Annual administration report of the Civil Veterinary Department of India - 1910-1911
Year: 1910
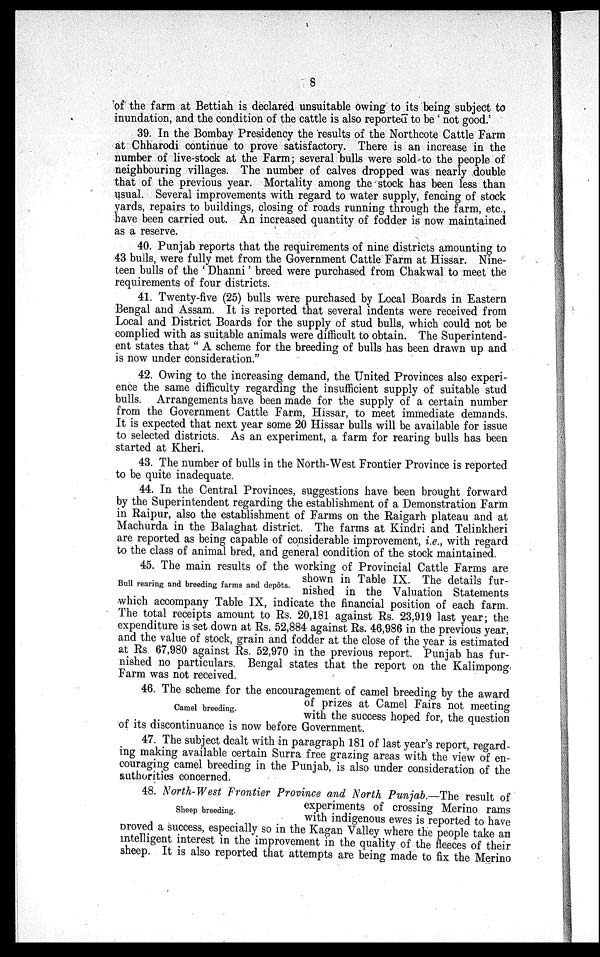
of the farm at Bettiah is declared unsuitable owing to its being subject to
inundation, and the condition of the cattle is also reported to be 'not good.'
39. In the Bombay Presidency the results of the Northcote Cattle Farm
at Chharodi continue to prove satisfactory. There is an increase in the
number of live-stock at the Farm; several bulls were sold to the people of
neighbouring villages. The number of calves dropped was nearly double
that of the previous year. Mortality among the stock has been less than
usual. Several improvements with regard to water supply, fencing of stock
yards, repairs to buildings, closing of roads running through the farm, etc.,
have been carried out. An increased quantity of fodder is now maintained
as a reserve.
40. Punjab reports that the requirements of nine districts amounting to
43 bulls, were fully met from the Government Cattle Farm at Hissar. Nine-
teen bulls of the 'Dhanni' breed were purchased from Chakwal to meet the
requirements of four districts.
41. Twenty-five (25) bulls were purchased by Local Boards in Eastern
Bengal and Assam. It is reported that several indents were received from
Local and District Boards for the supply of stud bulls, which could not be
complied with as suitable animals were difficult to obtain. The Superintend-
ent states that "A scheme for the breeding of bulls has been drawn up and
is now under consideration."
42. Owing to the increasing demand, the United Provinces also experi-
ence the same difficulty regarding the insufficient supply of suitable stud
bulls. Arrangements have been made for the supply of a certain number
from the Government Cattle Farm, Hissar, to meet immediate demands.
It is expected that next year some 20 Hissar bulls will be available for issue
to selected districts. As an experiment, a farm for rearing bulls has been
started at Kheri.
43. The number of bulls in the North-West Frontier Province is reported
to be quite inadequate.
44. In the Central Provinces, suggestions have been brought forward
by the Superintendent regarding the establishment of a Demonstration Farm
in Raipur, also the establishment of Farms on the Raigarh plateau and at
Machurda in the Balaghat district. The farms at Kindri and Telinkheri
are reported as being capable of considerable improvement, i.e., with regard
to the class of animal bred, and general condition of the stock maintained.
Bull rearing and breeding farms and depôts.
45. The main results of the working of Provincial Cattle Farms are
shown in Table IX. The details fur-
nished in the Valuation Statements
which accompany Table IX, indicate the financial position of each farm.
The total receipts amount to Rs. 20,181 against Rs. 23,919 last year; the
expenditure is set down at Rs. 52,884 against Rs. 46,986 in the previous year,
and the value of stock, grain and fodder at the close of the year is estimated
at Rs 67,980 against Rs. 52,970 in the previous report. Punjab has fur-
nished no particulars. Bengal states that the report on the Kalimpong.
Farm was not received.
Camel breeding.
46. The scheme for the encouragement of camel breeding by the award
of prizes at Camel Fairs not meeting
with the success hoped for, the question
of its discontinuance is now before Government.
47. The subject dealt with in paragraph 181 of last year's report, regard-
ing making available certain Surra free grazing areas with the view of en-
couraging camel breeding in the Punjab, is also under consideration of the
authorities concerned.
Sheep breeding.
48. North-West Frontier Province and North Punjab.—The result of
experiments of crossing Merino rams
with indigenous ewes is reported to have
proved a success, especially so in the Kagan Valley where the people take an
intelligent interest in the improvement in the quality of the fleeces of their
sheep. It is also reported that attempts are being made to fix the Merino